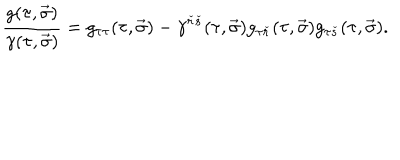
{ \frac { g ( \tau , \vec { \sigma } ) } { \gamma ( \tau , \vec { \sigma } ) } } = g _ { \tau \tau } ( \tau , \vec { \sigma } ) - \gamma ^ { { \check { r } } { \check { s } } } ( \tau , \vec { \sigma } ) g _ { \tau { \check { r } } } ( \tau , \vec { \sigma } ) g _ { \tau { \check { s } } } ( \tau , \vec { \sigma } ) .